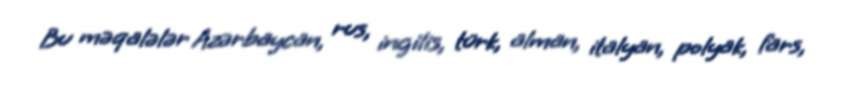
Bu məqalələr Azərbaycan, rus, ingilis, türk, alman, italyan, polyak, fars,